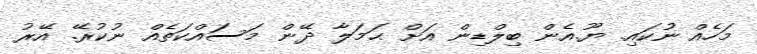
މަހެއް ނުކައި. ޔޫ.އެން ބިލްޑިން އަށް ޙަމަލާ ދޭން މަސައްކަތެއް ނުކުރޭ. އޭރު